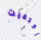
إكتفيت